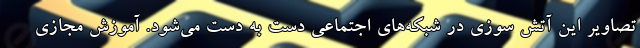
تصاویر این آتش سوزی در شبکه‌های اجتماعی دست به دست می‌شود. آموزش مجازی